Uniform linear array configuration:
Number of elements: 16
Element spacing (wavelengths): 1
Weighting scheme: uniform
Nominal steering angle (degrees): -45
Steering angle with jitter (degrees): -43.78
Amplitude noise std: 0.05
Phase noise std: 0.05

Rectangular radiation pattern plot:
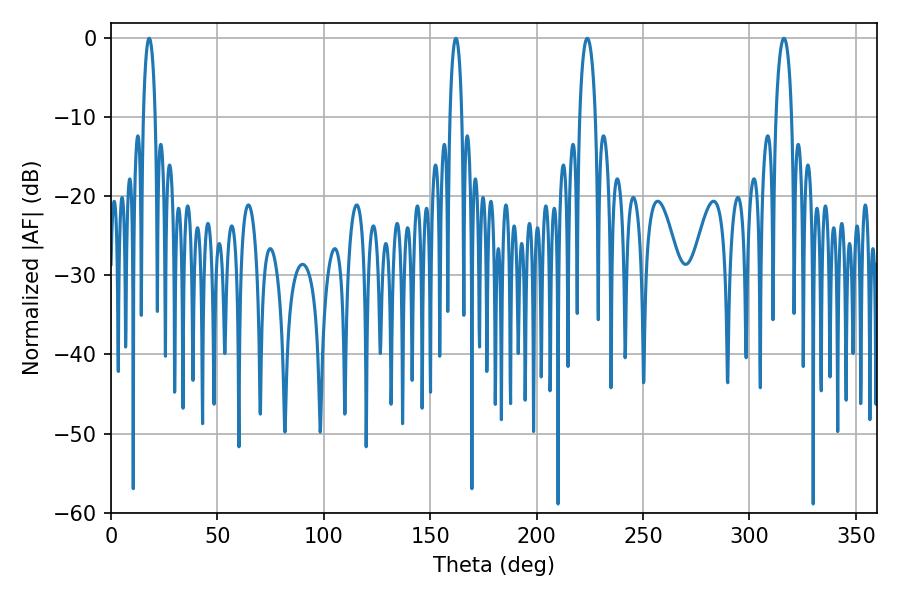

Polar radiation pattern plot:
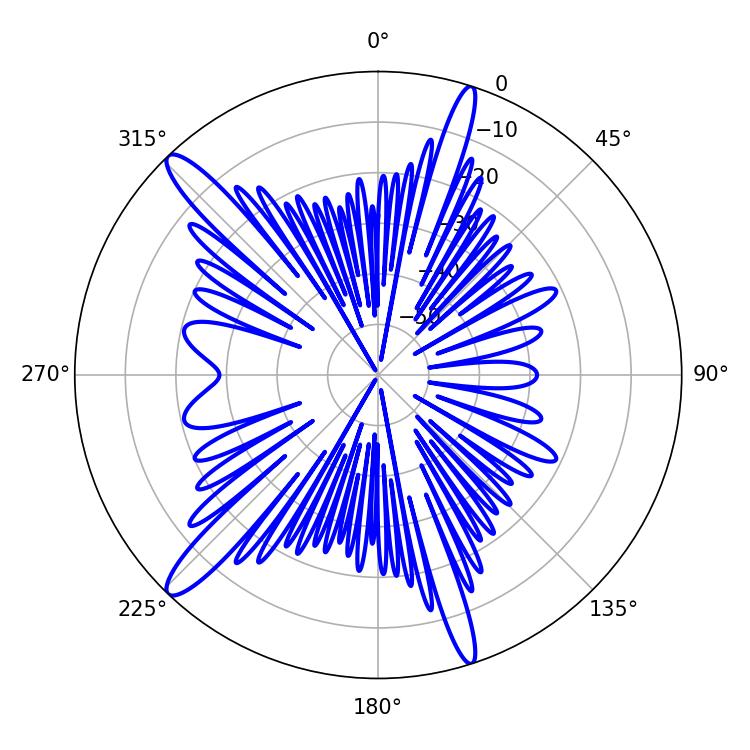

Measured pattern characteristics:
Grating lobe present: TRUE
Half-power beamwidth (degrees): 4.14
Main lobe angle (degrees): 223.74